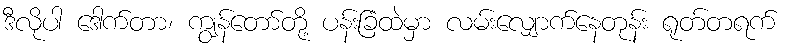
ဒီလိုပါ ဒေါက်တာ၊ ကျွန်တော်တို့ ပန်းခြံထဲမှာ လမ်းလျှောက်နေတုန်း ရုတ်တရက်